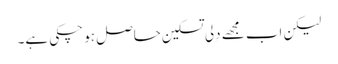
لیکن اب مجھے دِلی تسکین حاصل ہو چکی ہے۔